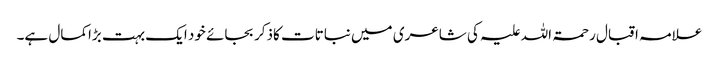
علامہ اقبال رحمۃ اللہ علیہ کی شاعری میں نباتات کاذکر بجائے خود ایک بہت بڑاکمال ہے۔